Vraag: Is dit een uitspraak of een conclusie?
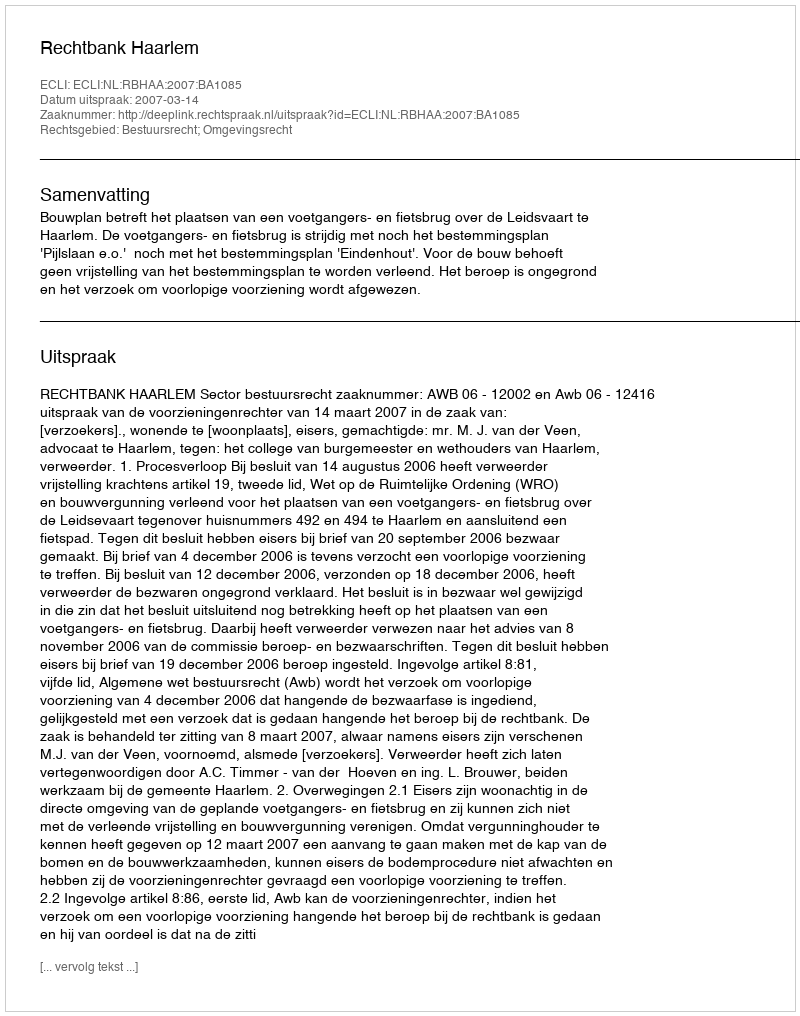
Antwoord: Uitspraak